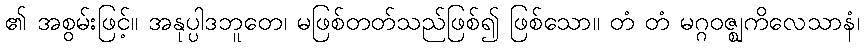
၏ အစွမ်းဖြင့်။ အနုပ္ပါဒဘူတေ၊ မဖြစ်တတ်သည်ဖြစ်၍ ဖြစ်သော။ တံ တံ မဂ္ဂဝဇ္ဈကိလေသာနံ၊